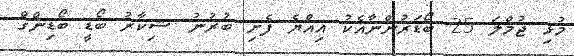
މުޅި ޖުމްލަ 25 ބޯޑަރުންނާއެކު އިއްޔެ ފެށި ބުރުނު ޝިކާރު ބޯޑީ ބޯޑިންގް